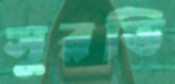
সুরভি